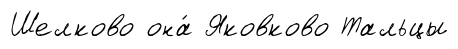
Шелково она́ Яковково Тальцы